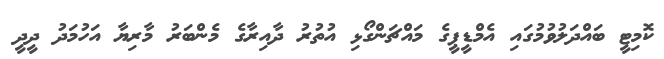
ކޮމިޓީ ބައްދަލުވުމުގައި އެމްޑީޕީގެ މައްޗަންގޯޅި އުތުރު ދާއިރާގެ މެންބަރު މާރިޔާ އަހުމަދު ދީދީ